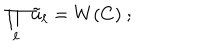
LaTeX: \prod _ { \ell } \tilde { u } _ { \ell } = W ( C ) ~ ;